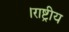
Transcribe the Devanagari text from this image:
।राष्ट्रीय